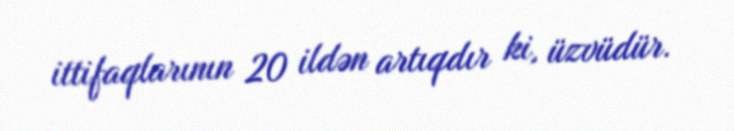
ittifaqlarının 20 ildən artıqdır ki, üzvüdür.